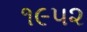
૧૯૫૨